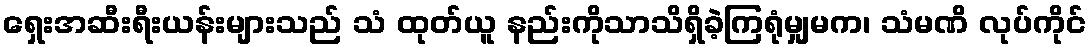
ရှေးအဆီးရီးယန်းများသည် သံ ထုတ်ယူ နည်းကိုသာသိရှိခဲ့ကြရုံမျှမက၊ သံမဏိ လုပ်ကိုင်